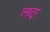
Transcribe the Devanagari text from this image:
लाटूर